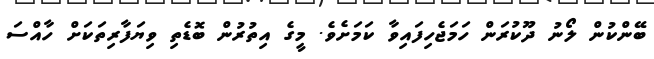
ބޭންކުން ލޯނު ދޫކުރަން ހަމަޖެހިފައިވާ ކަމަށެވެ. މީގެ އިތުރުން ބޮޑެތި ވިޔަފާރިތަކަށް ހާއްސަ